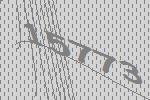
15773